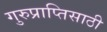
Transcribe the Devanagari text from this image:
गुरुप्राप्तिसाठी